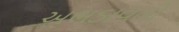
અભડાવતો